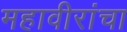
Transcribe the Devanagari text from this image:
महावीरांचा